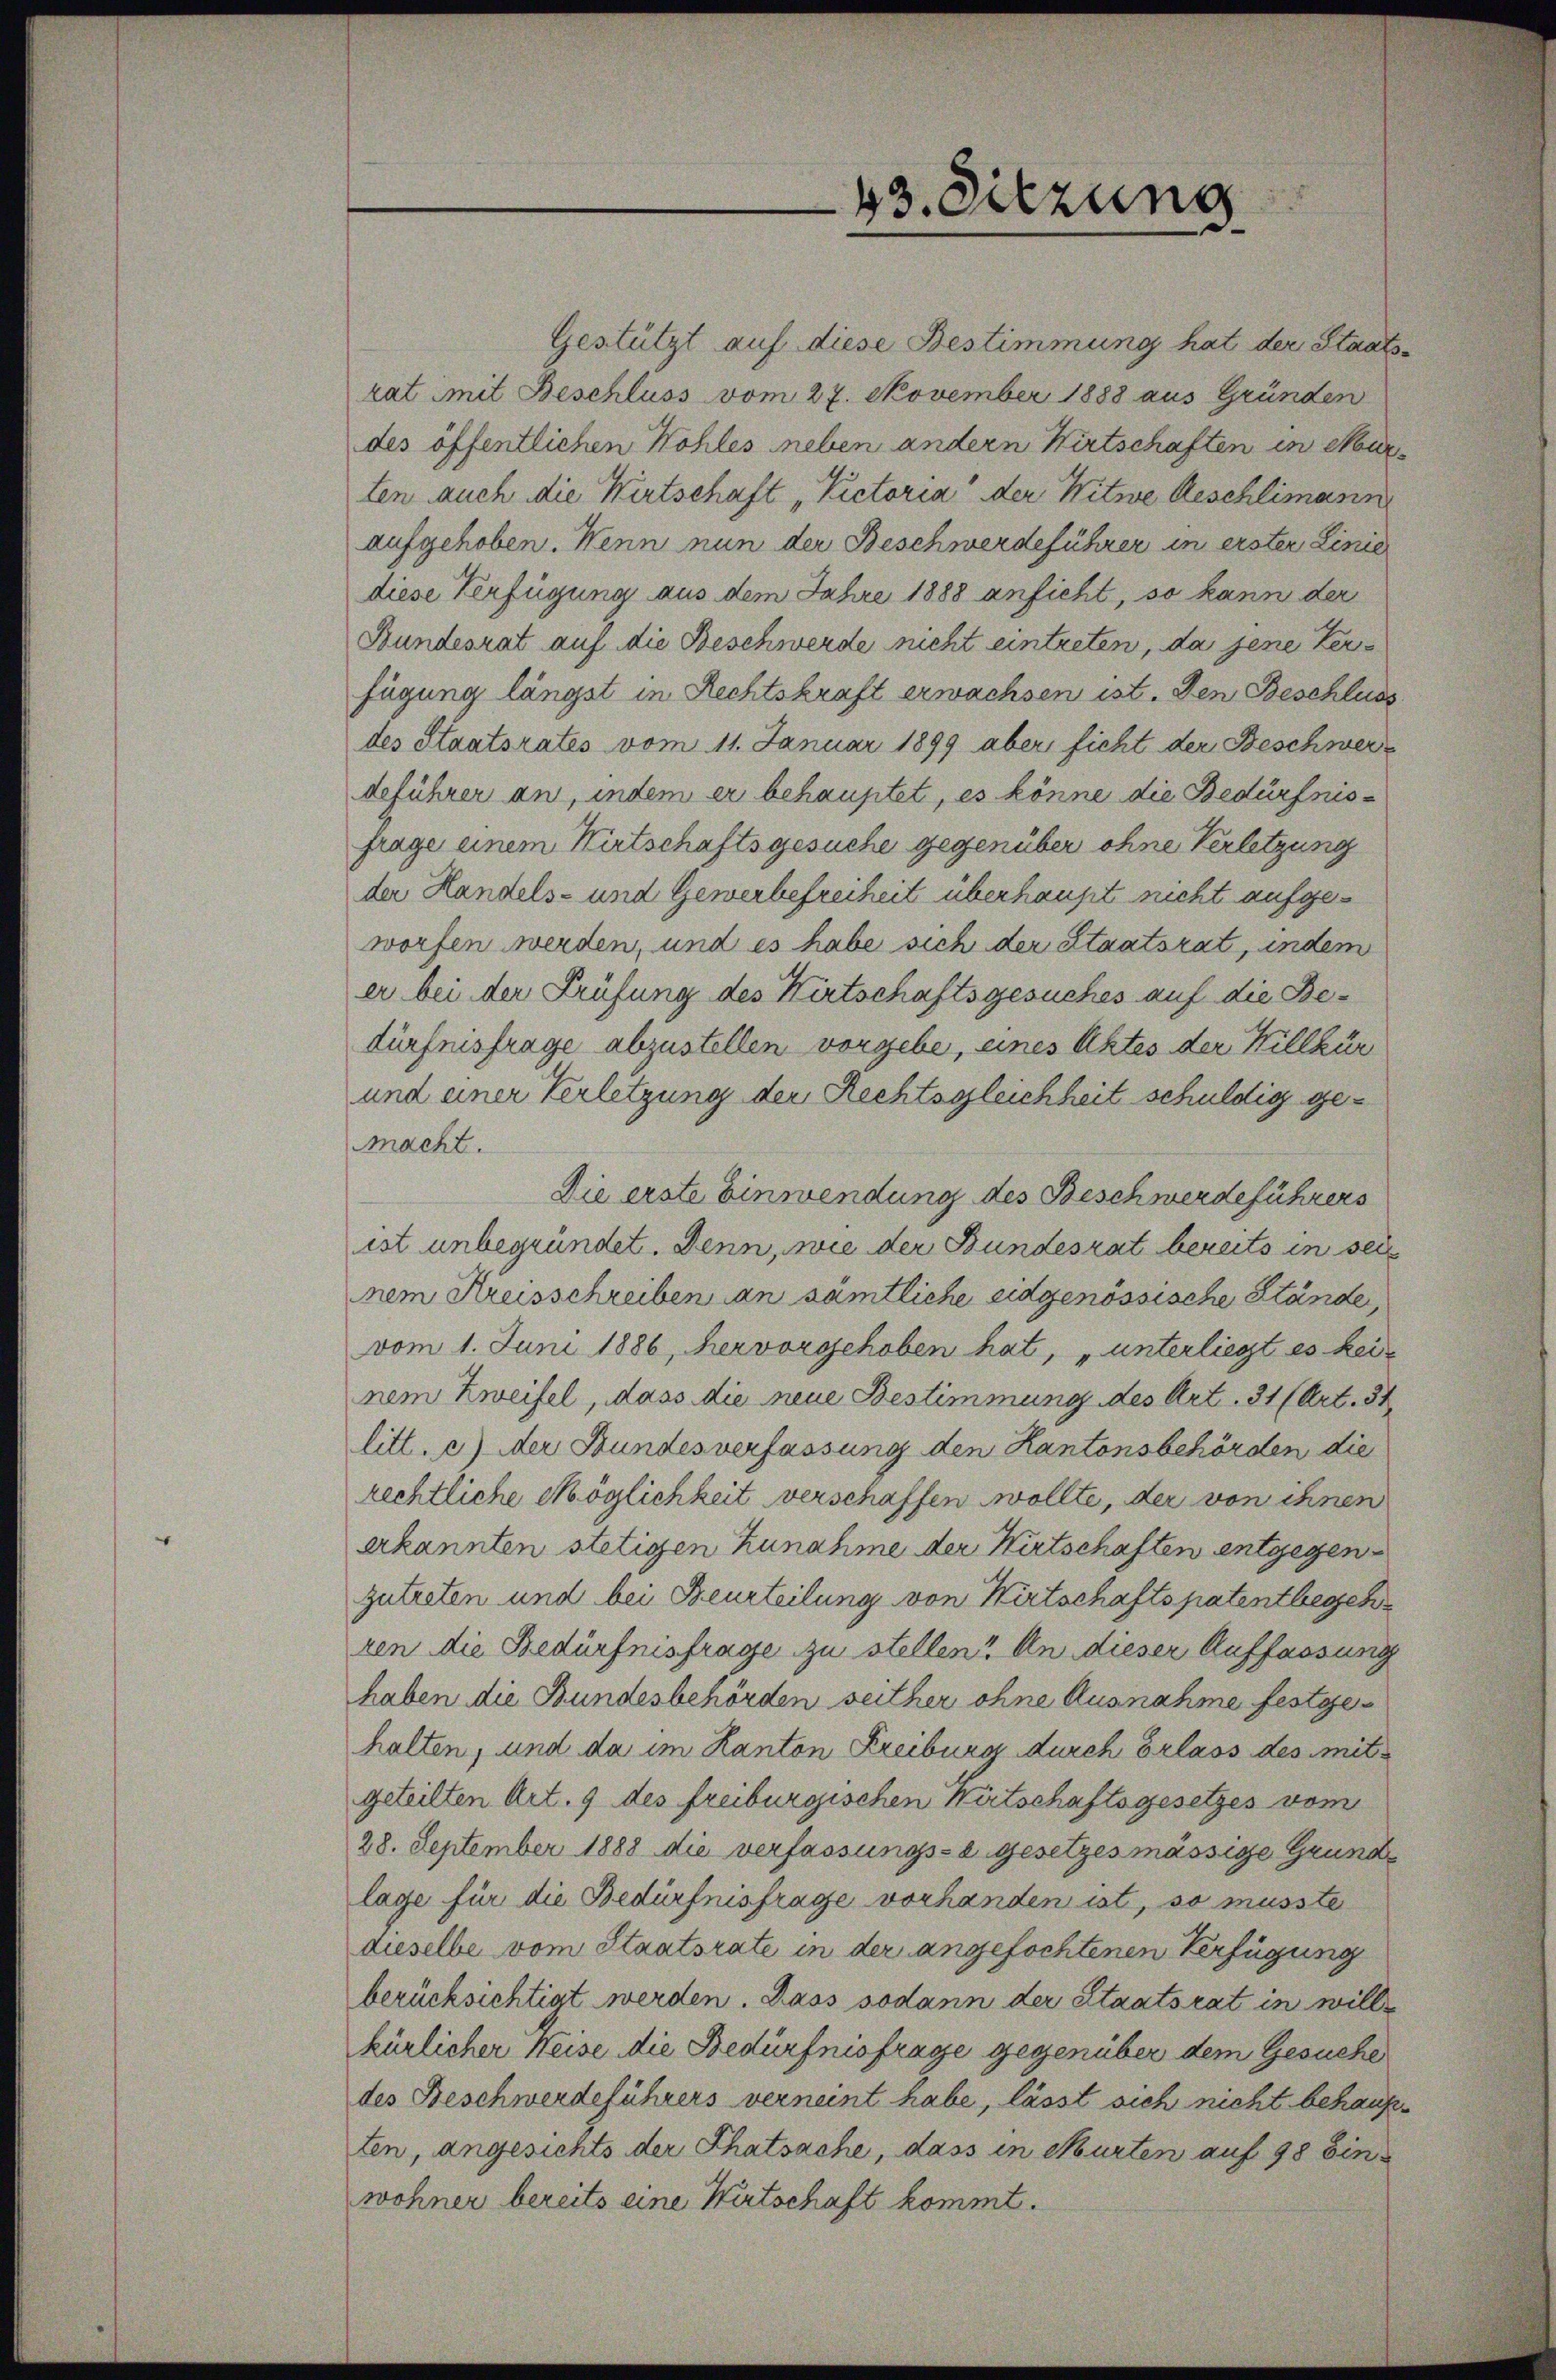
43. Sitzung

Gestützt auf diese Bestimmung hat der Staatsrat mit Beschluss vom 27. November 1888 aus Gründen
des öffentlichen Wohles neben andern Wirtschaften in Maur
ten auch die Wirtschaft „Victoria der Witwe Aeschlimann
aufgehoben. Wenn nun der Beschwerdeführer in erster Linie
diese Verfügung aus dem Jahre 1888 ansicht, so kann der
Bundesrat auf die Beschwerde nicht eintreten, da jene Verfügung längst in Rechtskraft erwachsen ist. Den Beschluss
des Staatsrates vom 11. Januar 1899 aber ficht der Beschwerdeführer an, indem er behauptet, es könne die Bedürfnisfrage einem Wirtschaftsgesuche gegenüber ohne Verletzung
der Handels- und Gewerbefreiheit überhaupt nicht aufgeworfen werden, und es habe sich der Staatsrat, indem
er bei der Prüfung des Wirtschaftsgesuches auf die Bedürfnisfrage abzustellen vorgebe, eines Aktes der Willkür
und einer Verletzung der Rechtsgleichheit schuldig gemacht.
Die erste Einwendung des Beschwerdeführers
ist unbegründet. Denn, wie der Bundesrat bereits in sei
nem Kreisschreiben an sämtliche eidgenössische Stände,
vom 1. Juni 1886, hervorgehoben hat, „unterliegt es keinem Zweifel, dass die neue Bestimmung des Art. 31 (Art. 31
litt. c) der Bundesverfassung den Kantonsbehörden die
rechtliche Möglichkeit verschaffen wollte, der von ihnen
erkannten stetigen Zunahme der Wirtschaften entgegenzutreten und bei Beurteilung von Wirtschaftspatentbegeh
ren die Bedürfnisfrage zu stellen? An dieser Auffassung
haben die Bundesbehörden seither ohne Ausnahme festgehalten, und da im Kanton Freiburg durch Erlass des mitgeteilten Art. 9 des freiburgischen Wirtschaftsgesetzes vom
28. September 1888 die verfassungs-a gesetzes mässige Grundlage für die Bedürfnisfrage vorhanden ist, so musste
dieselbe vom Staatsrate in der angefochtenen Verfügung
berücksichtigt werden. Dass sodann der Staatsrat in willkürlicher Heise die Bedürfnisfrage gegenüber dem Gesuche
des Beschwerdeführers verneint habe, lässt sich nicht behaup
ten, angesichts der Thatsache, dass in Murten auf 98 Einwohner bereits eine Wirtschaft kommt.

e